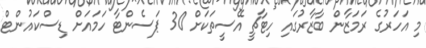
މި އަހަރުގެ ރަމަޒާން ބާޒާރުގައި ހިޓާޗީ އޭސީތަކަށް 30 ޕަސެންޓާ ހަމައަށް ޑިސްކައުންޓް